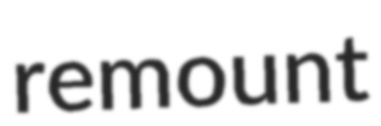
remount